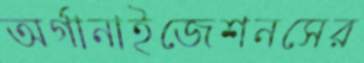
অর্গানাইজেশনসের